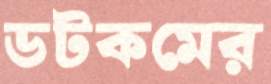
ডটকমের